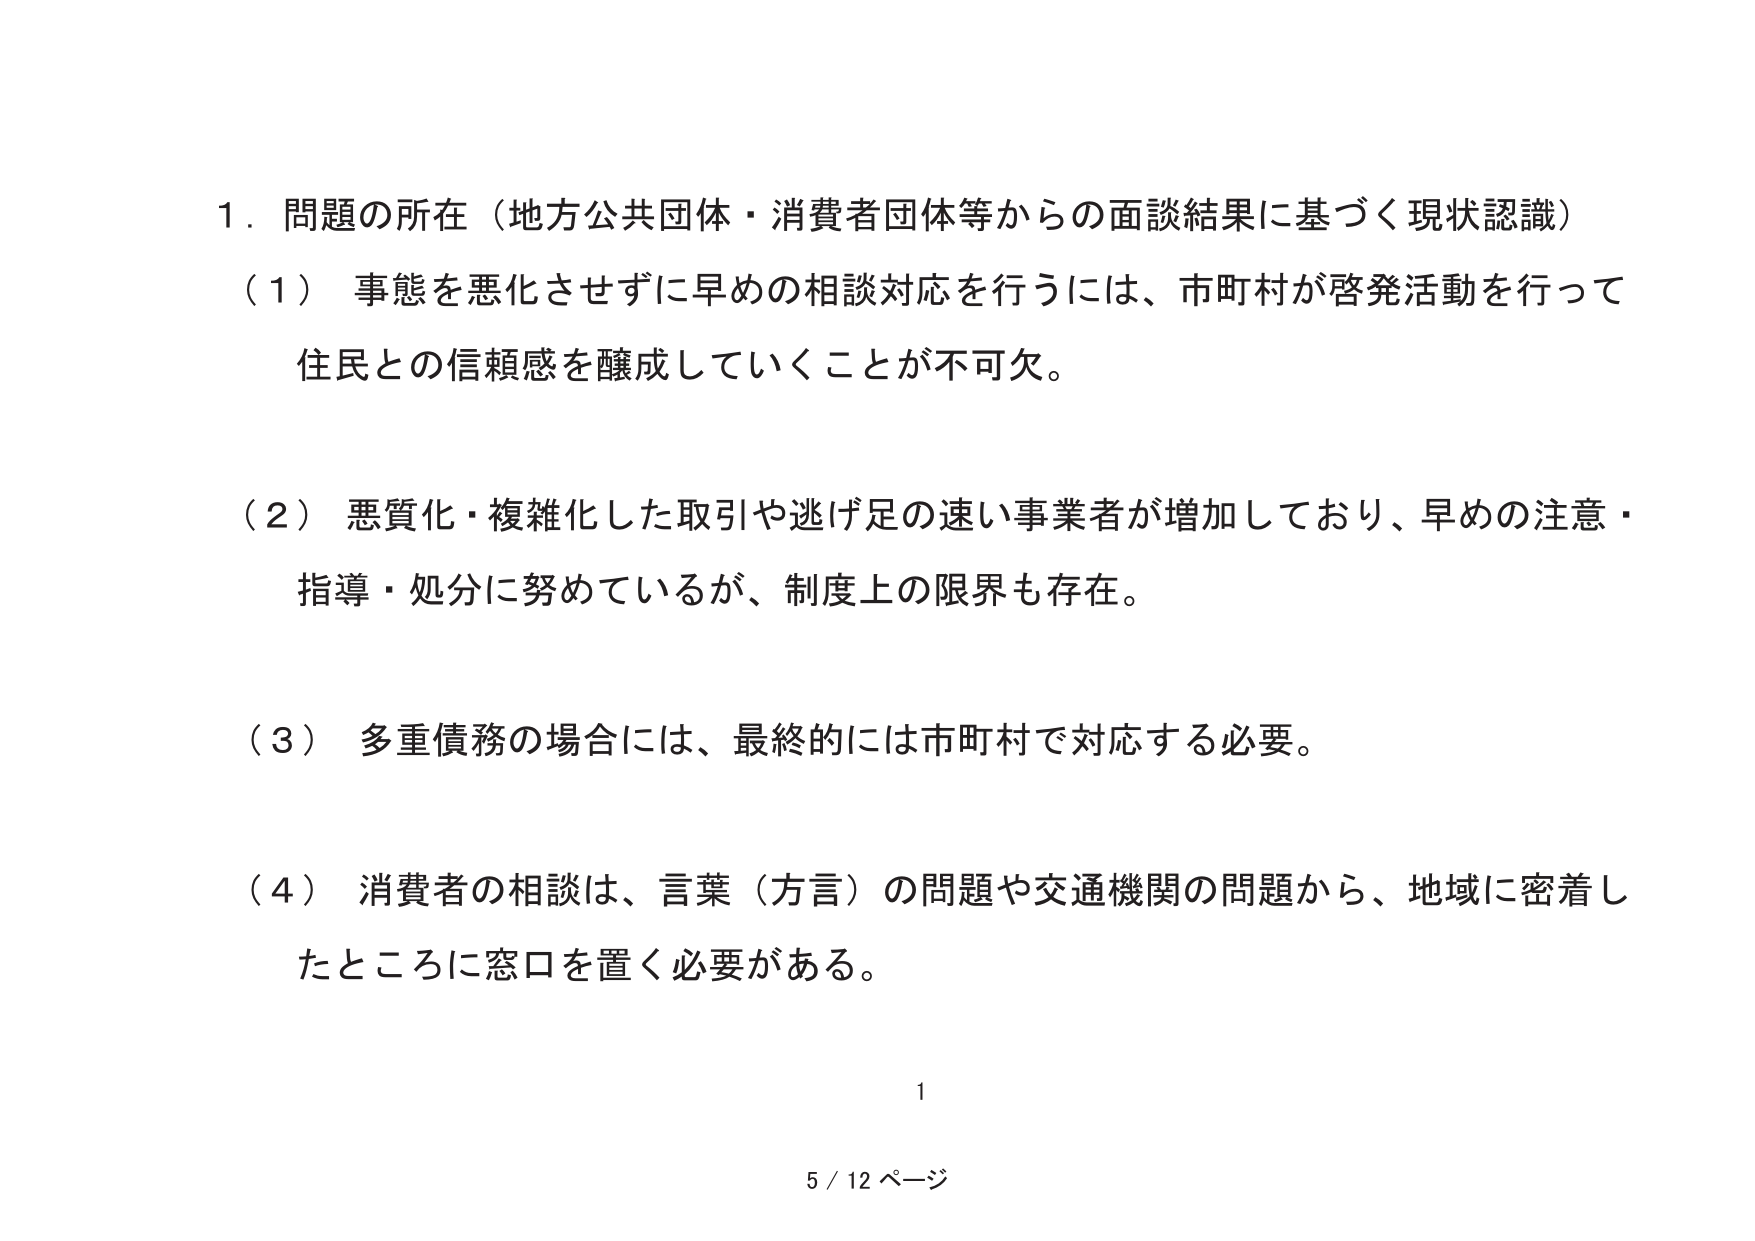
1．問題の所在（地方公共団体・消費者団体等からの面談結果に基づく現状認識）

（1）事態を悪化させずに早めの相談対応を行うには、市町村が啓発活動を行って住民との信頼感を醸成していくことが不可欠。

（2）悪質化・複雑化した取引や逃げ足の速い事業者が増加しており、早めの注意・指導・処分に努めているが、制度上の限界も存在。

（3）多重債務の場合には、最終的には市町村で対応する必要。

（4）消費者の相談は、言葉（方言）の問題や交通機関の問題から、地域に密着したところに窓口を置く必要がある。

1
5 / 12 ページ